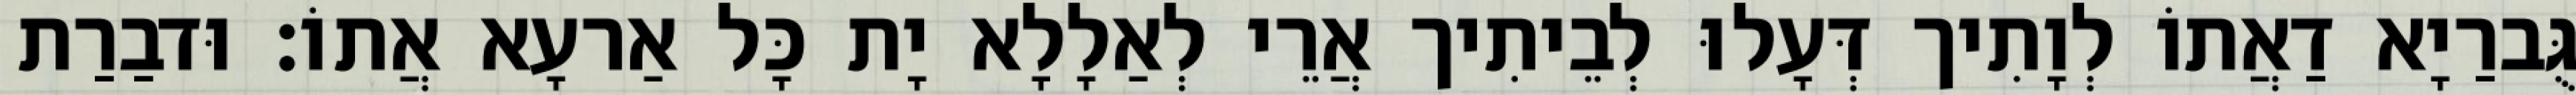
גֻּברַיָא דַאֲתוֹ לְוָתִיך דְּעָלוּ לְבֵיתִיך אֲרֵי לְאַלָלָא יָת כָּל אַרעָא אֲתוֹ׃ וּדבַרַת